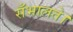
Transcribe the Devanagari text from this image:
सँभालते।